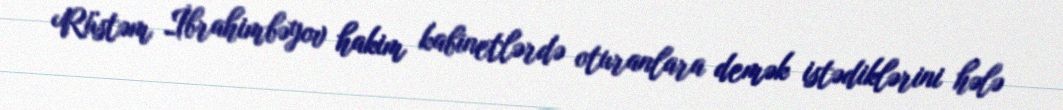
Rüstəm İbrahimbəyov hakim kabinetlərdə oturanlara demək istədiklərini hələ